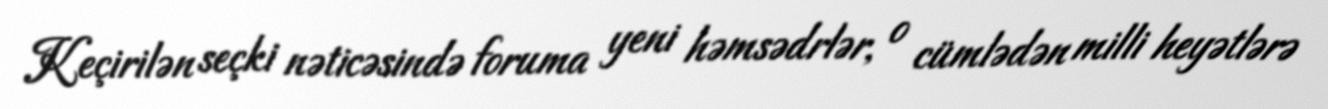
Keçirilən seçki nəticəsində foruma yeni həmsədrlər, o cümlədən milli heyətlərə